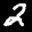
Label: 2